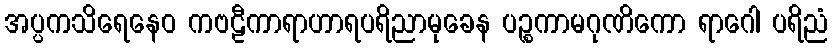
အပ္ပကသိရေနေဝ ကဗဠီကာရာဟာရပရိညာမုခေန ပဉ္စကာမဂုဏိကော ရာဂေါ ပရိညံ